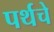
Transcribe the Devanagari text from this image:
पर्थचे